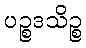
ပဉ္စဒသိဉ္စ